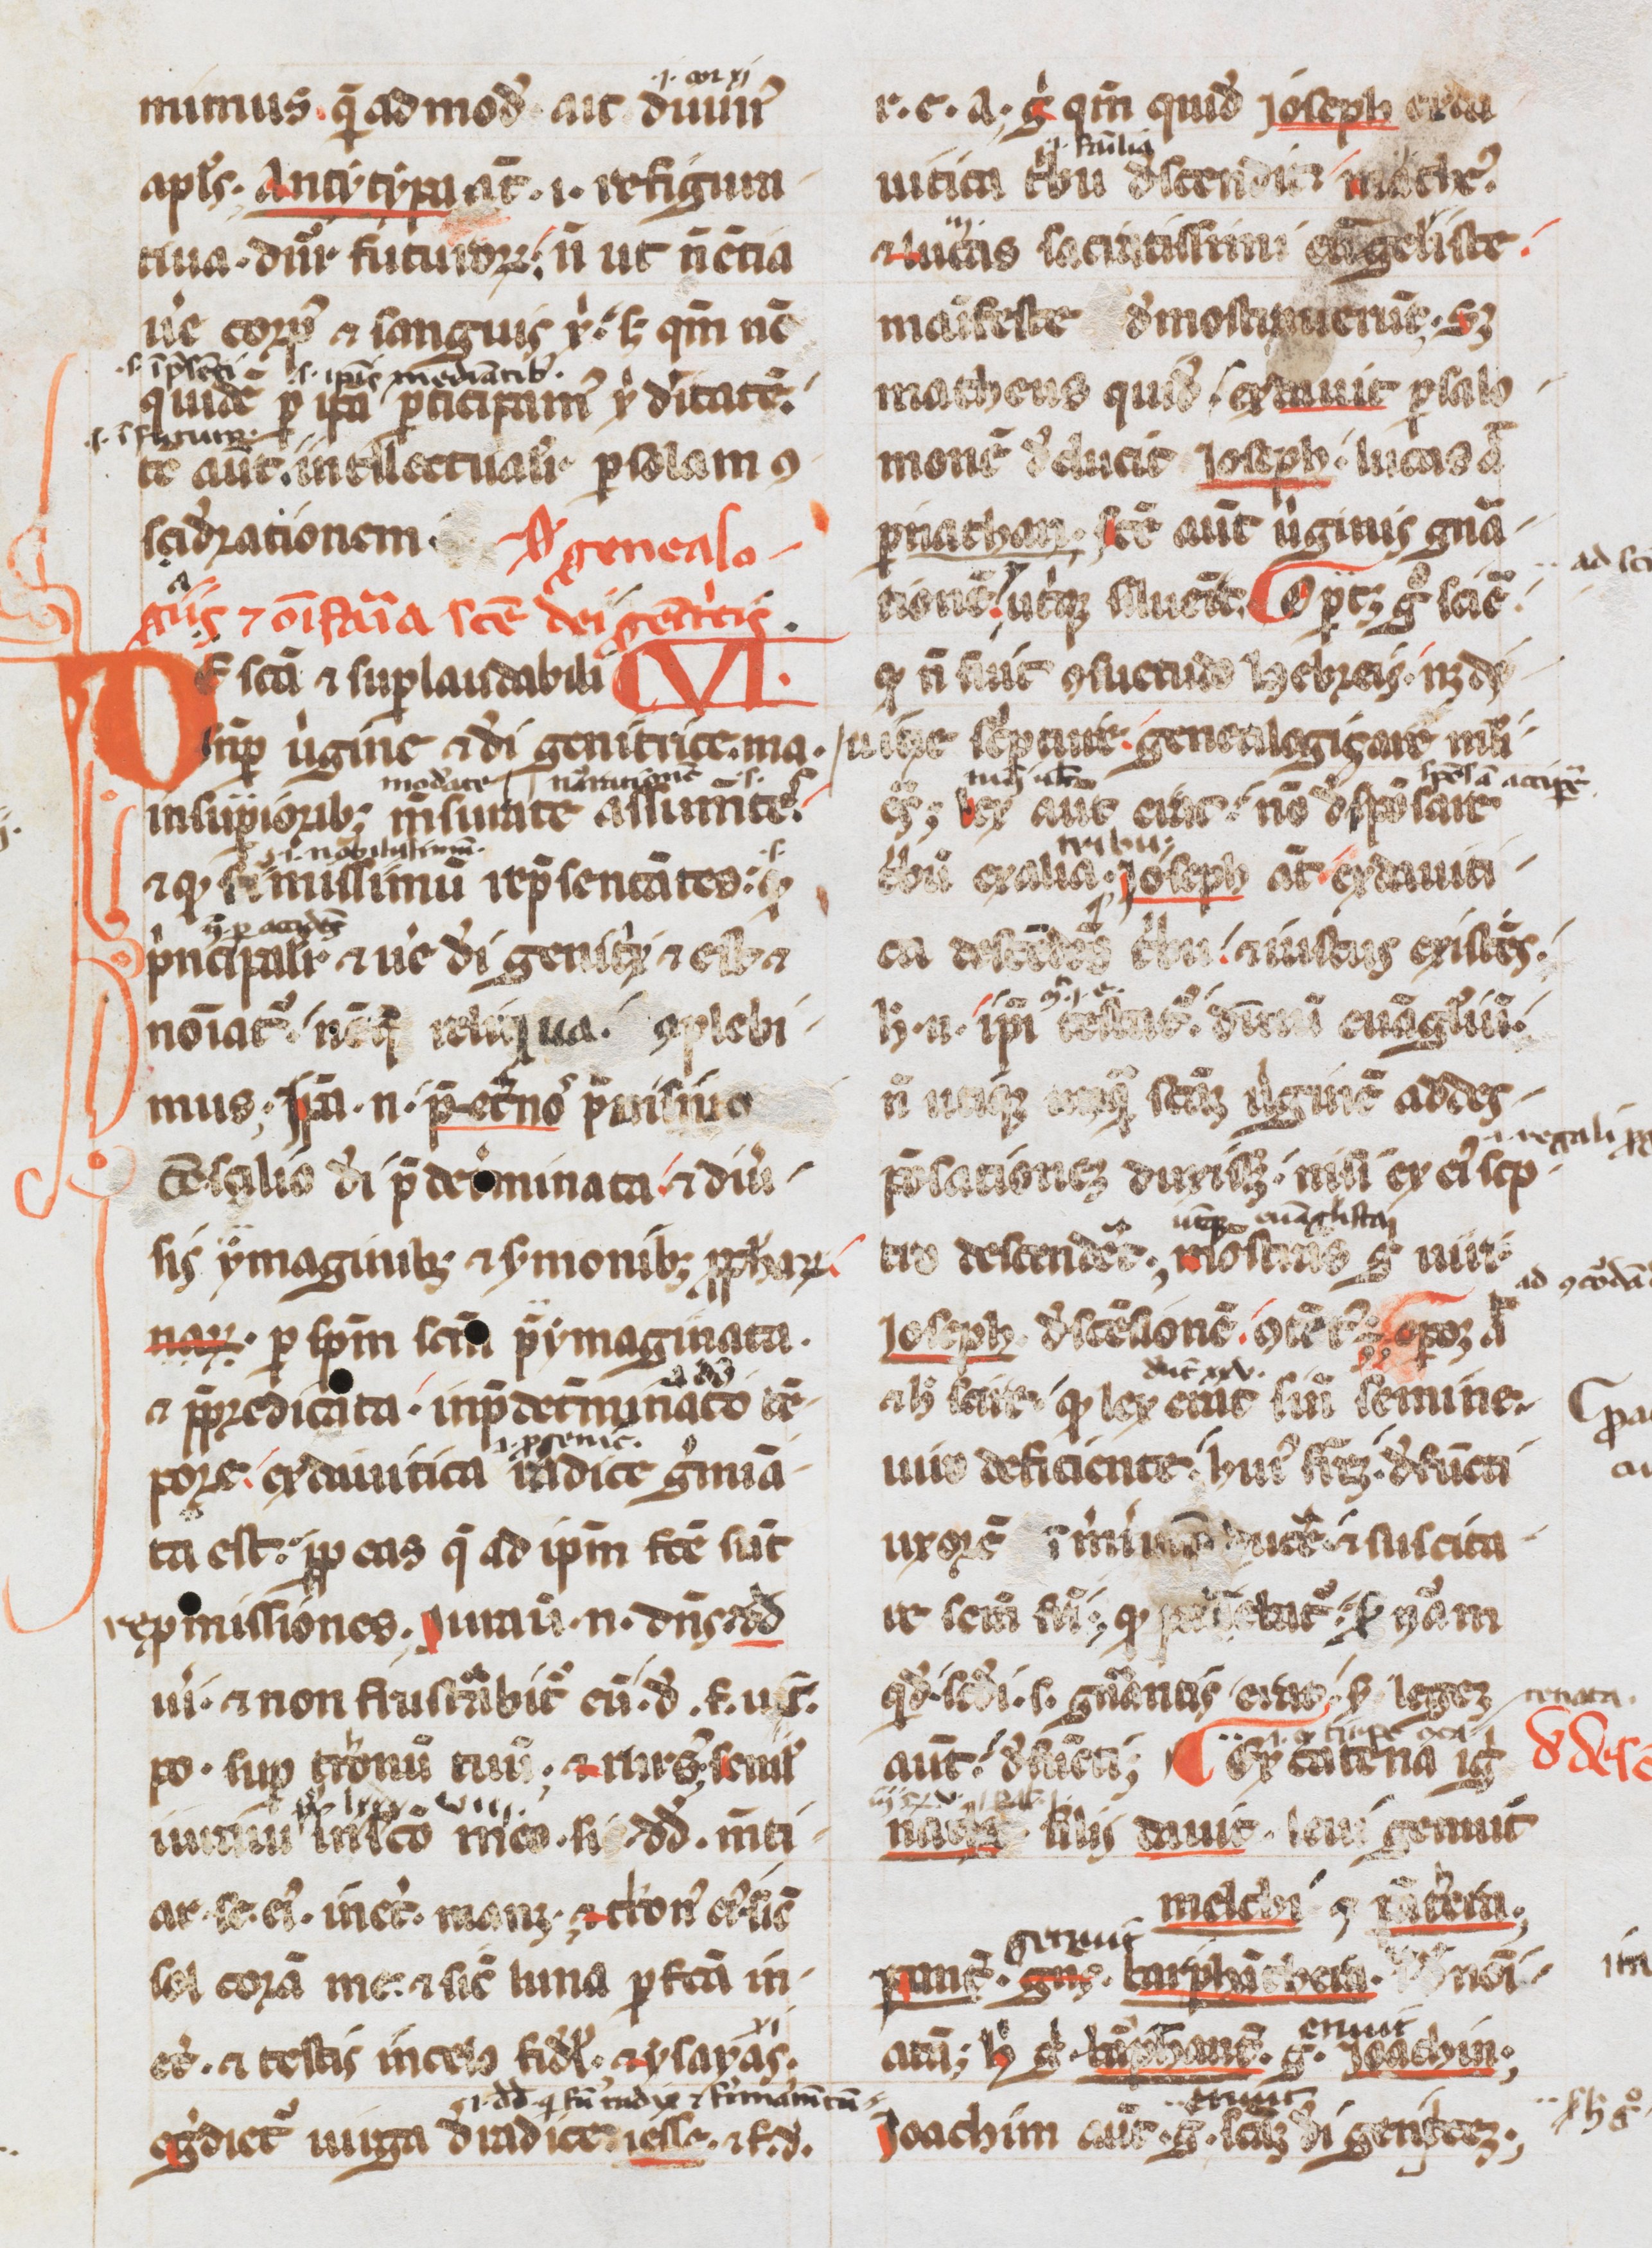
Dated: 1200–1299